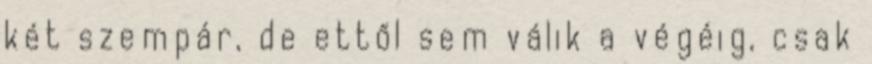
két szempár, de ettől sem válik a végéig, csak